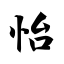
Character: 怡